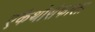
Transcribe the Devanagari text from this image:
एकैथोसेफाला